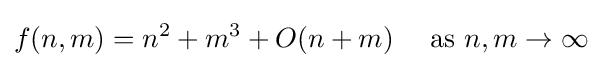
f(n,m)=n^{2}+m^{3}+O(n+m)\quad {\text{ as }}n,m\to \infty